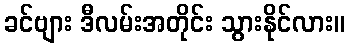
ခင်ဗျား ဒီလမ်းအတိုင်း သွားနိုင်လား။